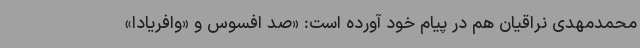
محمدمهدی نراقیان هم در پیام خود آورده است: «صد افسوس و «وافریادا»